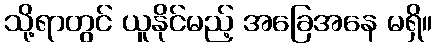
သို့ရာတွင် ယူနိုင်မည့် အခြေအနေ မရှိ။